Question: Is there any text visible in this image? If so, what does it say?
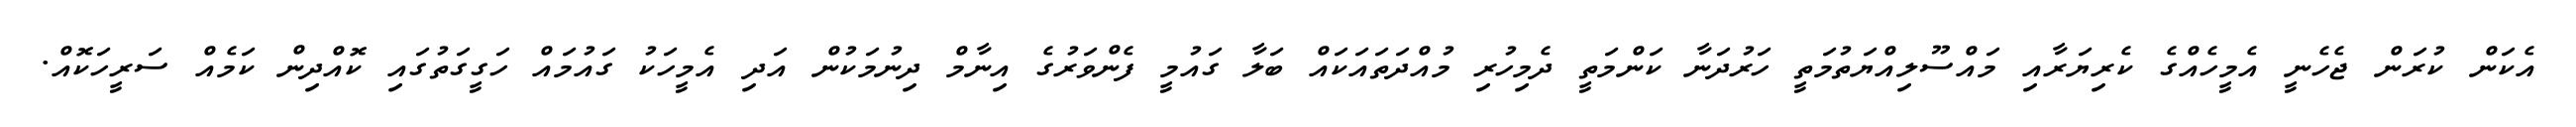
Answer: އެކަން ކުރަން ޖެހެނީ އެމީހެއްގެ ކެރިޔަރާއި މައްސޫލިއްޔަތުމަތީ ހަރުދަނާ ކަންމަތީ ދެމިހުރި މުއްދަތައަކައް ބަލާ ގައުމީ ފެންވަރުގެ އިނާމް ދިނުމަކުން އަދި އެމީހަކު ގައުމައް ހަގީގަތުގައި ކޮއްދިން ކަމެއް ސަރީހަކޮއް.